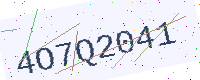
Text: 4O7Q2041